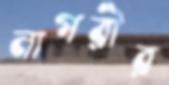
নাগরীর